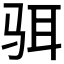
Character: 𱅋